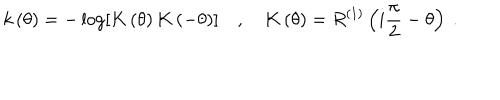
k \left( \theta \right) = - \log \left[ K \left( \theta \right) K \left( - \theta \right) \right] \quad , \quad K \left( \theta \right) = R ^ { ( 1 ) } \left( i \frac { \pi } { 2 } - \theta \right) \ .